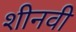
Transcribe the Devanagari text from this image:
शीनवी